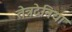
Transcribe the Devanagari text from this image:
तेत्रदेनिया